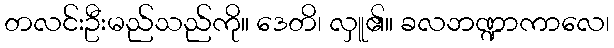
တလင်းဦးမည်သည်ကို။ ဒေတိ၊ လှူ၏။ ခလဘဏ္ဍာကာလေ၊